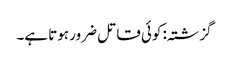
گزشتہ: کوئی قاتل ضرور ہوتا ہے۔